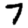
Digit: 7